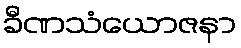
ခီဏသံယောဇနာ